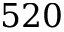
5 2 0